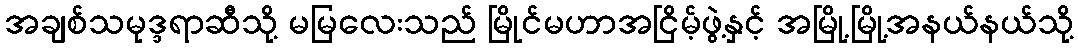
အချစ်သမုဒ္ဒရာဆီသို့ မမြလေးသည် မြိုင်မဟာအငြိမ့်ဖွဲ့နှင့် အမြို့မြို့အနယ်နယ်သို့